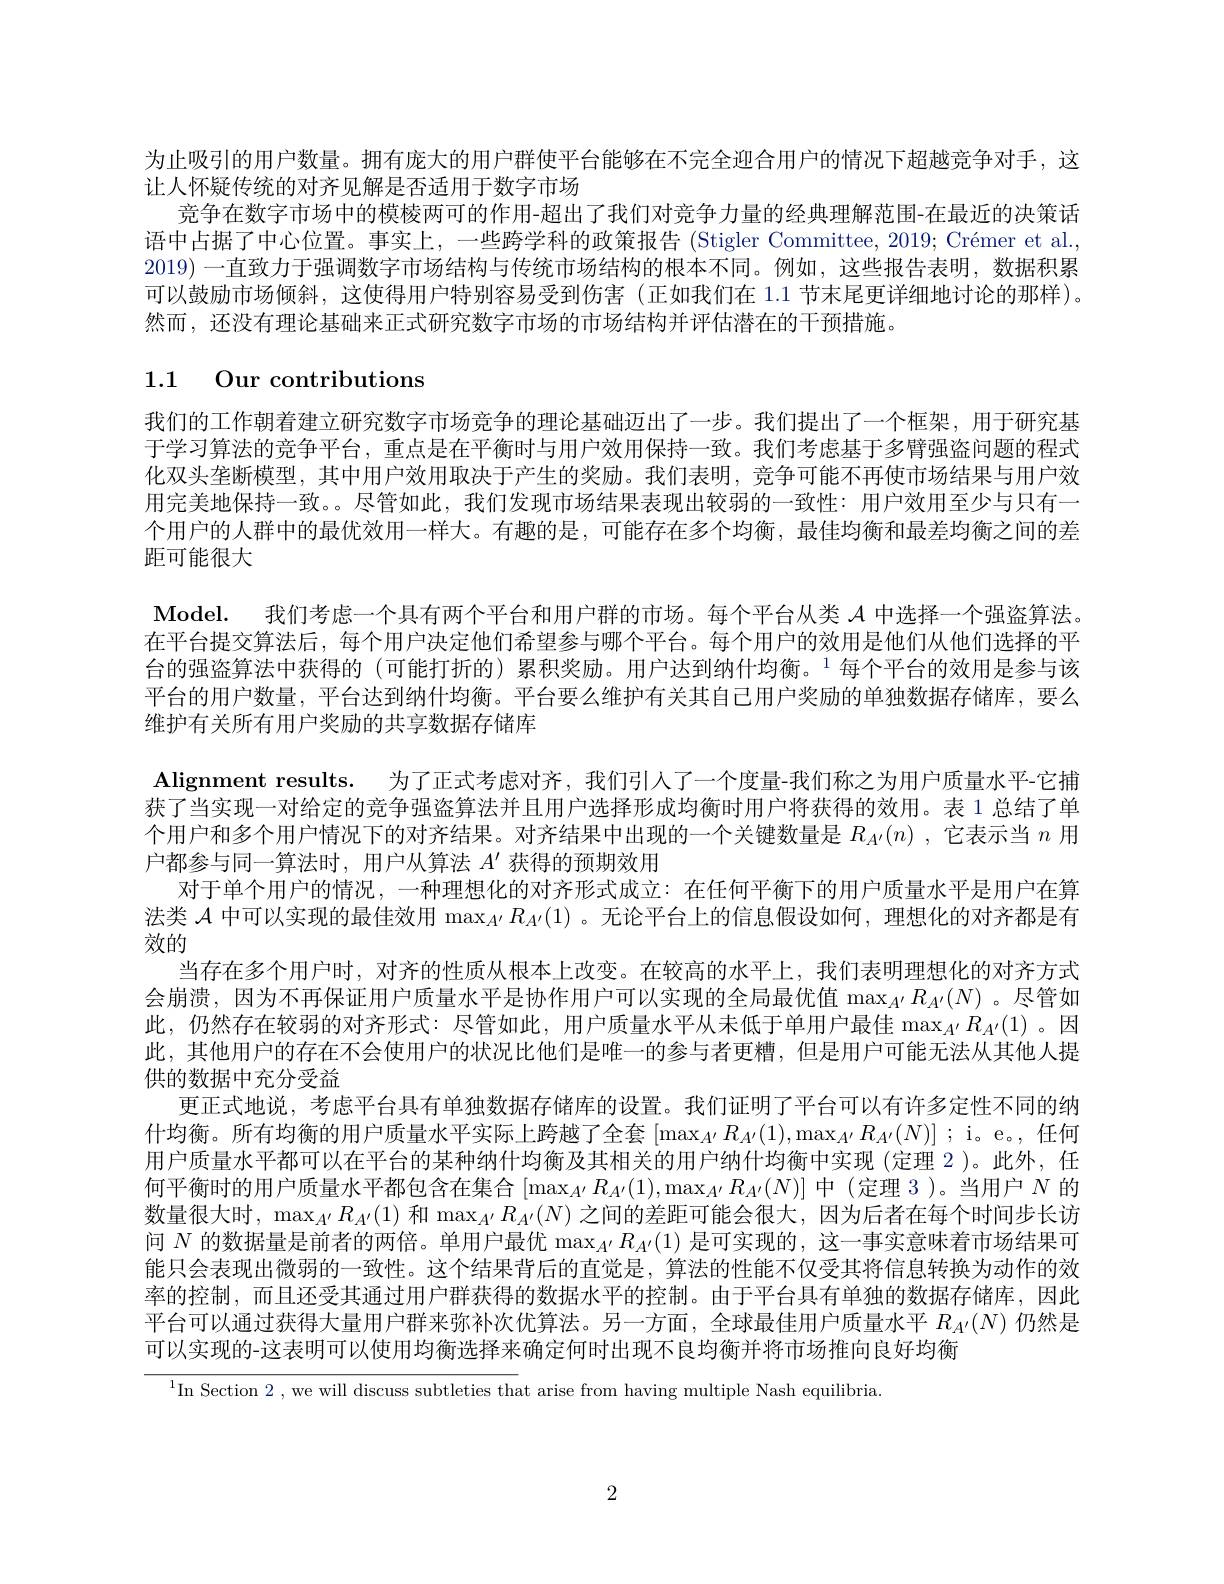
为止吸引的用户数量。拥有庞大的用户群使平台能够在不完全迎合用户的情况下超越竞争对手，这
让人怀疑传统的对齐见解是否适用于数字市场
竞争在数字市场中的模棱两可的作用-超出了我们对竞争力量的经典理解范围-在最近的决策话语中占据了中心位置。事实上，一些跨学科的政策报告 (Stigler Committee, 2019; Crémer et al. 2019) 一直致力于强调数字市场结构与传统市场结构的根本不同。例如，这些报告表明，数据积累可以鼓励市场倾斜，这使得用户特别容易受到伤害(正如我们在 1.1 节末尾更详细地讨论的那样)。然而，还没有理论基础来正式研究数字市场的市场结构并评估潜在的干预措施。

1.1 Our contributions

我们的工作朝着建立研究数字市场竞争的理论基础迈出了一步。我们提出了一个框架，用于研究基于学习算法的竞争平台，重点是在平衡时与用户效用保持一致。我们考虑基于多臂强盗问题的程式化双头垄断模型，其中用户效用取决于产生的奖励。我们表明，竞争可能不再使市场结果与用户效用完美地保持一致。。尽管如此，我们发现市场结果表现出较弱的一致性：用户效用至少与只有一个用户的人群中的最优效用一样大。有趣的是，可能存在多个均衡，最佳均衡和最差均衡之间的差距可能很大
Model. 我们考虑一个具有两个平台和用户群的市场。每个平台从类$\mathcal{A}$中选择一个强盗算法。在平台提交算法后，每个用户决定他们希望参与哪个平台。每个用户的效用是他们从他们选择的平台的强盗算法中获得的(可能打折的)累积奖励。用户达到纳什均衡。1每个平台的效用是参与该平台的用户数量，平台达到纳什均衡。平台要么维护有关其自己用户奖励的单独数据存储库，要么维护有关所有用户奖励的共享数据存储库
Alignment results. 为了正式考虑对齐，我们引人了一个度量-我们称之为用户质量水平-它捕获了当实现一对给定的竞争强盗算法并且用户选择形成均衡时用户将获得的效用。表 1 总结了单个用户和多个用户情况下的对齐结果。对齐结果中出现的一个关键数量是$R_{A^{\prime }}( n)$ , 它 表 示 当 $n$用户都参与同一算法时，用户从算法$A^\prime$获得的预期效用
对于单个用户的情况，一种理想化的对齐形式成立：在任何平衡下的用户质量水平是用户在算法类$\mathcal{A}$中可以实现的最佳效用$\max_{A^{\prime}}R_{A^{\prime}}(1)$ 。无论平台上的信息假设如何，理想化的对齐都是有效的
当存在多个用户时，对齐的性质从根本上改变。在较高的水平上，我们表明理想化的对齐方式会崩溃，因为不再保证用户质量水平是协作用户可以实现的全局最优值$\max_{A^{\prime}}R_{A^{\prime}}(N)$ 。尽管如此，仍然存在较弱的对齐形式：尽管如此，用户质量水平从未低于单用户最佳$\max_{A^{\prime}}R_{A^{\prime}}(1)$ 。因此，其他用户的存在不会使用户的状况比他们是唯一的参与者更糟，但是用户可能无法从其他人提供的数据中充分受益
更正式地说，考虑平台具有单独数据存储库的设置。我们证明了平台可以有许多定性不同的纳什均衡。所有均衡的用户质量水平实际上跨越了全套$[\max_{A^{\prime}}R_{A^{\prime}}(1),\max_{A^{\prime}}R_{A^{\prime}}(N)];$ i。e。,任何用户质量水平都可以在平台的某种纳什均衡及其相关的用户纳什均衡中实现(定理 2)。此外，任何平衡时的用户质量水平都包含在集合$\left[\max_{A^{\prime}}R_{A^{\prime}}(1),\max_{A^{\prime}}R_{A^{\prime}}(N)\right]$中(定理 3)。当用户$N$ 的数量很大时，$\max_{A^{\prime}}R_{A^{\prime}}(1)$ 和$\max_{A^{\prime}}R_{A^{\prime}}(N)$ 之间的差距可能会很大，因为后者在每个时间步长访问$N$的数据量是前者的两倍。单用户最优$\max_A^{\prime}R_{A^{\prime}}(1)$是可实现的，这一事实意味着市场结果可能只会表现出微弱的一致性。这个结果背后的直觉是，算法的性能不仅受其将信息转换为动作的效率的控制，而且还受其通过用户群获得的数据水平的控制。由于平台具有单独的数据存储库，因此平台可以通过获得大量用户群来弥补次优算法。另一方面，全球最佳用户质量水平$R_{A^{\prime}}(N)$仍然是可以实现的-这表明可以使用均衡选择来确定何时出现不良均衡并将市场推向良好均衡
$^{1}$In Section 2, we will discuss subtleties that arise from having multiple Nash equilibria

2